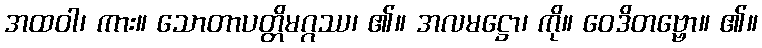
အထဝါ၊ ကား။ သောတာပတ္တိမဂ္ဂဿ၊ ၏။ အလမဋ္ဌော၊ ကို။ ဝေဒိတဗ္ဗော။ ၏။